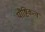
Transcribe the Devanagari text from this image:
पौष्टिकत्व